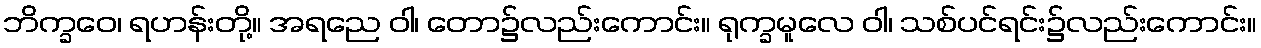
ဘိက္ခဝေ၊ ရဟန်းတို့။ အရညေ ဝါ၊ တော၌လည်းကောင်း။ ရုက္ခမူလေ ဝါ၊ သစ်ပင်ရင်း၌လည်းကောင်း။